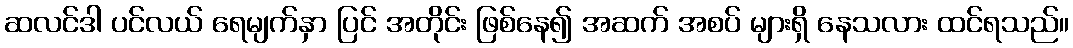
ဆလင်ဒါ ပင်လယ် ရေမျက်နှာ ပြင် အတိုင်း ဖြစ်နေ၍ အဆက် အစပ် များရှိ နေသလား ထင်ရသည်။